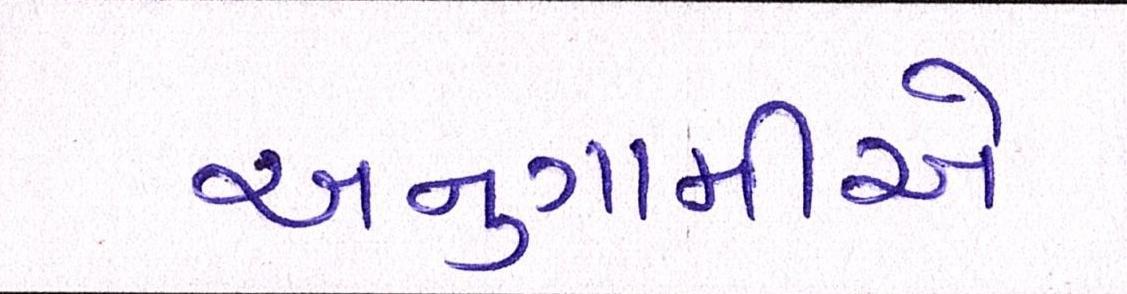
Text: અનુગામીએ